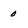
Character: 0